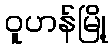
ဝူဟန်မြို့